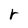
Character: r